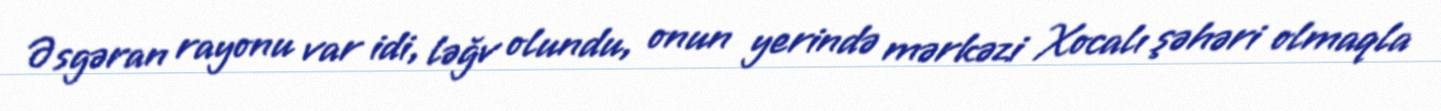
Əsgəran rayonu var idi, ləğv olundu, onun yerində mərkəzi Xocalı şəhəri olmaqla